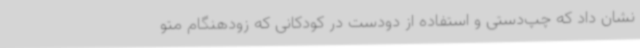
نشان داد که چپ‌دستی و استفاده از دودست در کودکانی که زودهنگام متو